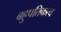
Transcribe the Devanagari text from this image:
बहुपतिकत्व